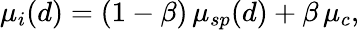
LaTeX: \mu_{i}(d)=(1-\beta)\, \mu_{sp}(d)+\beta\, \mu_{c},